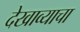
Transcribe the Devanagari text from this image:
देखाव्याचा